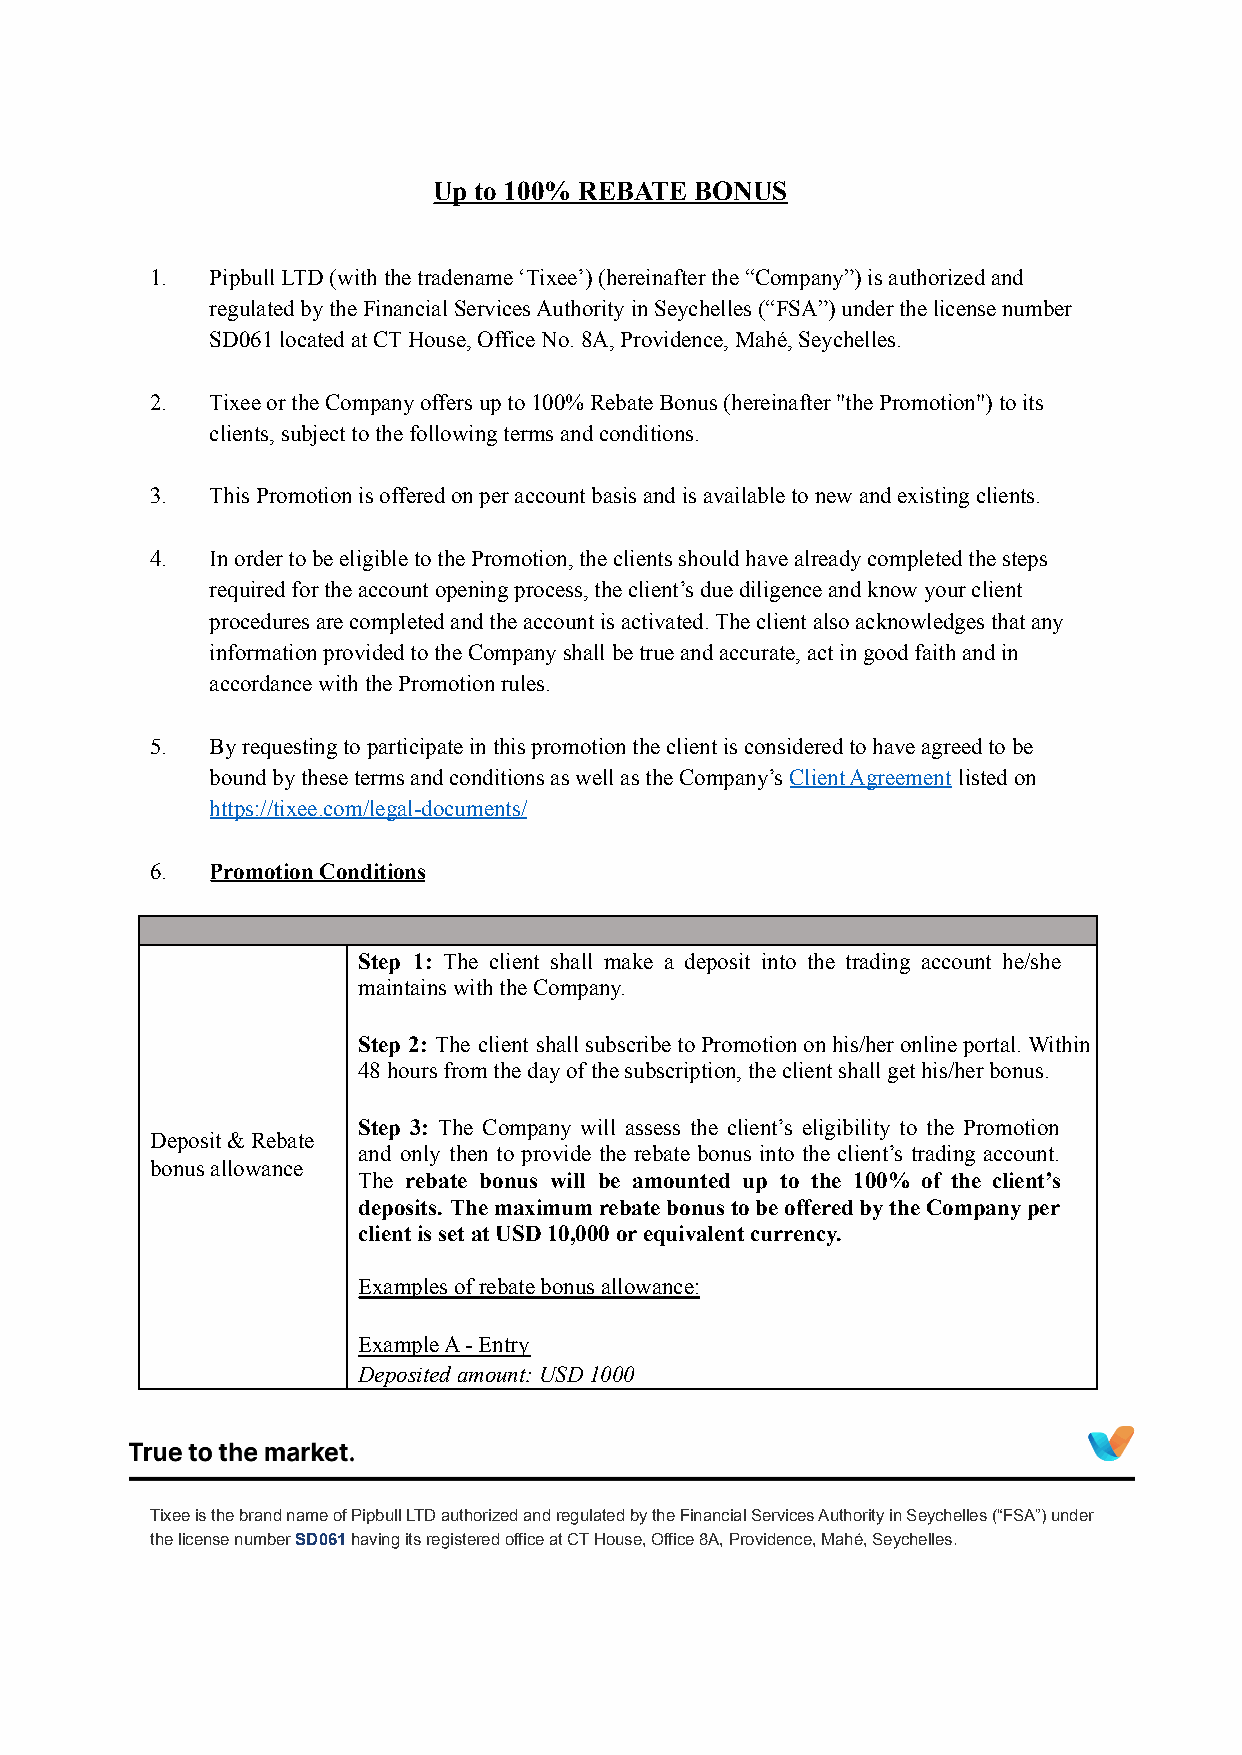
Up to 100% REBATE BONUS
 1.  Pipbull LTD (with the tradename ‘Tixee’) (hereinafter the “Company”) is authorized and
 regulated by the Financial Services Authority in Seychelles (“FSA”) under the license number
 SD061 located at CT House, Office No. 8A, Providence, Mahé, Seychelles.
 2.  Tixee or the Company offers up to 100% Rebate Bonus (hereinafter "the Promotion") to its
 clients, subject to the following terms and conditions.
 3.  This Promotion is offered on per account basis and is available to new and existing clients.
 4.  In order to be eligible to the Promotion, the clients should have already completed the steps
 required for the account opening process, the client’s due diligence and know your client
 procedures are completed and the account is activated. The client also acknowledges that any
 information provided to the Company shall be true and accurate, act in good faith and in
 accordance with the Promotion rules.
 5.  By requesting to participate in this promotion the client is considered to have agreed to be
 bound by these terms and conditions as well as the Company’sClient Agreement listed on
 https://tixee.com/legal-documents/
 6.  Promotion Conditions
 Step 1: The client shall make a deposit into the trading account he/she
 maintains with theCompany.
 Step 2: The client shallsubscribetoPromotiononhis/heronlineportal.Within
 48 hoursfrom the day of the subscription, the clientshall get his/her bonus.
 Step 3: The Company will assess the client’s eligibility to the Promotion
 Deposit & Rebate
 and only then to provide the rebate bonus into the client’s trading account.
 bonus allowance
 The rebate bonus will be amounted up to the 100% of the client’s
 deposits. ThemaximumrebatebonustobeofferedbytheCompanyper
 client is set at USD 10,000 or equivalent currency.
 Examples of rebate bonus allowance:
 Example A - Entry
 Deposited amount: USD 1000
 Tixee is the brand name of Pipbull LTD authorized and regulated by the Financial Services Authority in Seychelles (“FSA”) under
 the license numberSD061having its registered officeat CT House, Office 8A, Providence, Mahé, Seychelles.